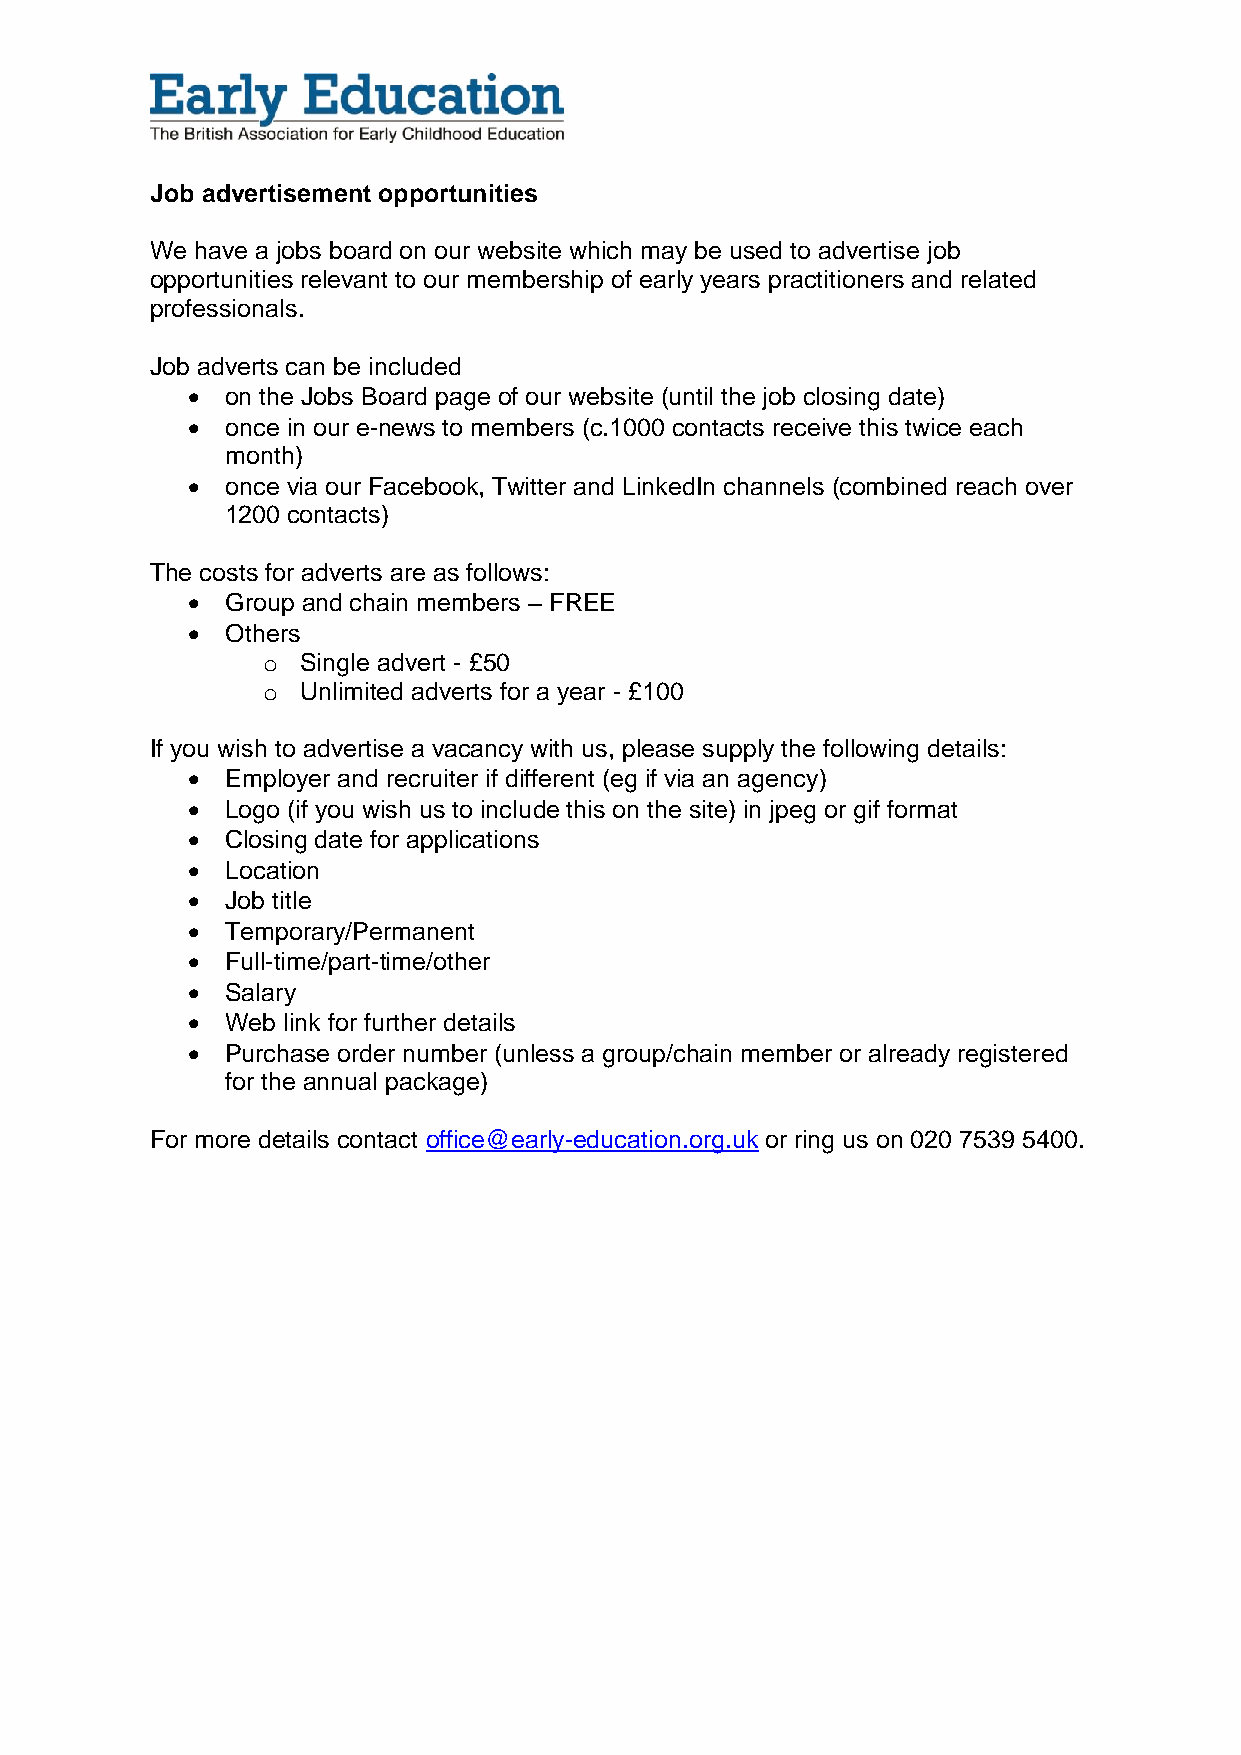
Job advertisement opportunities
 We have a jobs board on our website which may be used to advertise job
 opportunities relevant to our membership of early years practitioners and related
 professionals.
 Job adverts can be included
   on the Jobs Board page of our website (until the job closing date)
   once in our e-news to members (c.1000 contacts receive this twice each
 month)
   once via our Facebook, Twitter and LinkedIn channels (combined reach over
 1200 contacts)
 The costs for adverts are as follows:
   Group and chain members – FREE
   Others
 o  Single advert - £50
 o  Unlimited adverts for a year - £100
 If you wish to advertise a vacancy with us, please supply the following details:
   Employer and recruiter if different (eg if via an agency)
   Logo (if you wish us to include this on the site) in jpeg or gif format
   Closing date for applications
   Location
   Job title
   Temporary/Permanent
   Full-time/part-time/other
   Salary
   Web link for further details
   Purchase order number (unless a group/chain member or already registered
 for the annual package)
 For more details contact office@early-education.org.uk or ring us on 020 7539 5400.